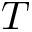
T